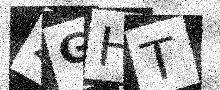
Text: 2GHT